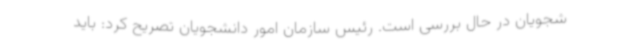
شجویان در حال بررسی است. رئیس سازمان امور دانشجویان تصریح کرد: باید